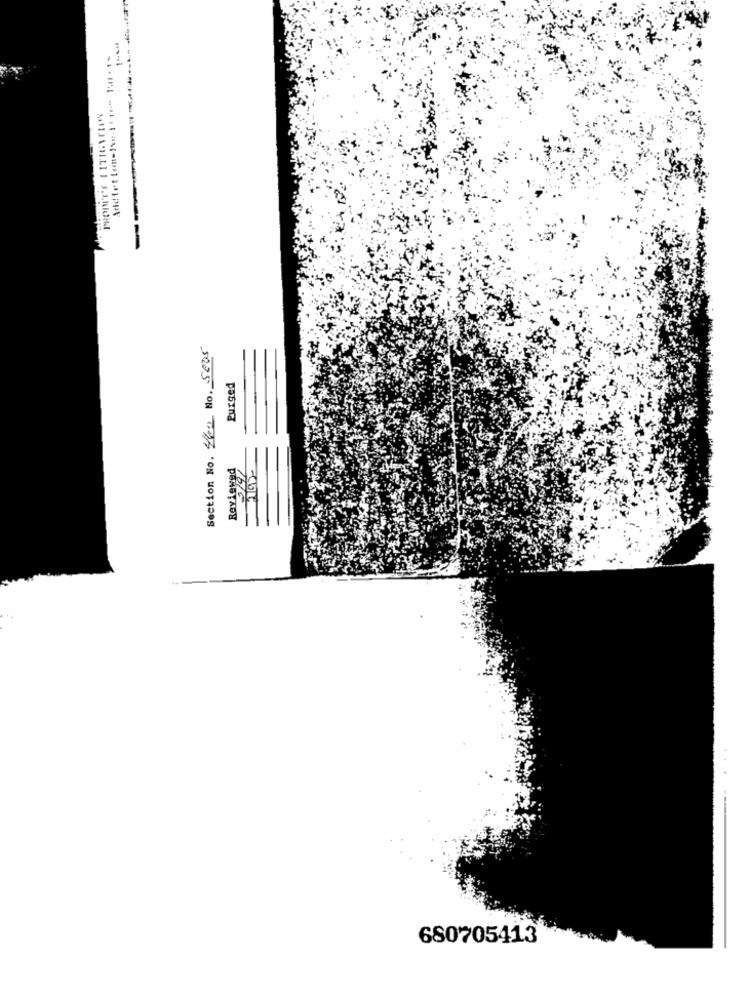
Section No. 460 No. 5005
Purged
Reviewed
680705413